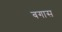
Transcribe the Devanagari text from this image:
बगास